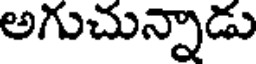
అగుచున్నాడు